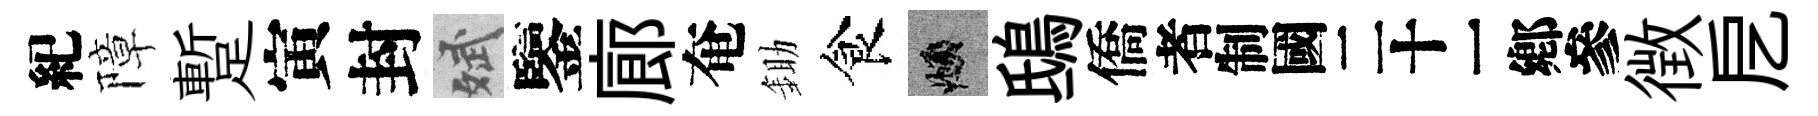
紀障蹔寅封斌鑒廊奄鋤食頫鴟僑识徴戹